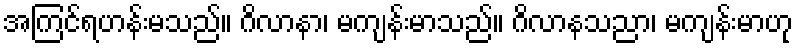
အကြင်ရဟန်းမသည်။ ဂိလာနာ၊ မကျန်းမာသည်။ ဂိလာနသညာ၊ မကျန်းမာဟု